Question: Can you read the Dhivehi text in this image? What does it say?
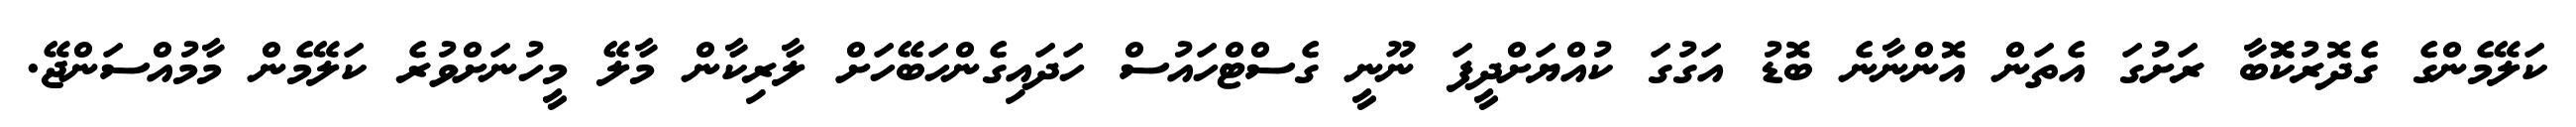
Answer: ކަލޭމެންގެ ގެދޮރުކޮޮބާ ރަށުގަ އެތަން އޮންނާނެ ބޮޑު އަގުގަ ކުއްޔަށްދީފަ ނޫނީ ގެސްޓްހައުސް ހަދައިގެންހަބޭހަށް ލާރިކާން މާލޭ މީހުނަށްވުރެ ކަލޭމެން މާމުއްސަންޖޭ.